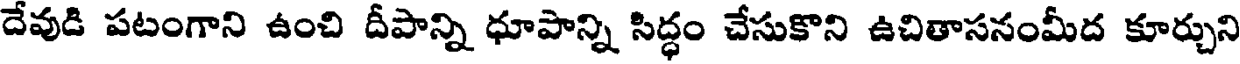
దేవుడి పటంగాని ఉంచి దీపాన్ని ధూపాన్ని సిద్ధం చేసుకొని ఉచితాసనంమీద కూర్చుని